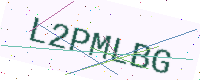
Text: L2PMLBG